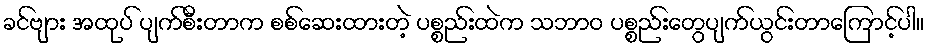
ခင်ဗျား အထုပ် ပျက်စီးတာက စစ်ဆေးထားတဲ့ ပစ္စည်းထဲက သဘာဝ ပစ္စည်းတွေပျက်ယွင်းတာကြောင့်ပါ။